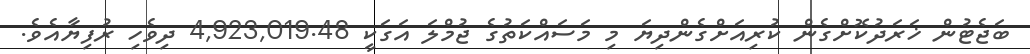
ބަޖެޓުން ޚަރަދުކޮށްގެން ކުރިއަށްގެންދިޔަ މި މަސައްކަތުގެ ޖުމްލަ އަގަކީ 4